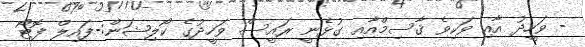
- ވަހީދު އާއި ވަކިވެ ޤާސިމްއާއި ގުޅެނީ ރައީސް ވަހީދުގެ ކޯލިޝަން:-ފައިލް ފޮޓޯ